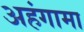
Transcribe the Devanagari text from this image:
अहंगामा